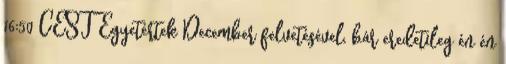
16:50 CEST Egyetértek December felvetésével, bár eredetileg én én